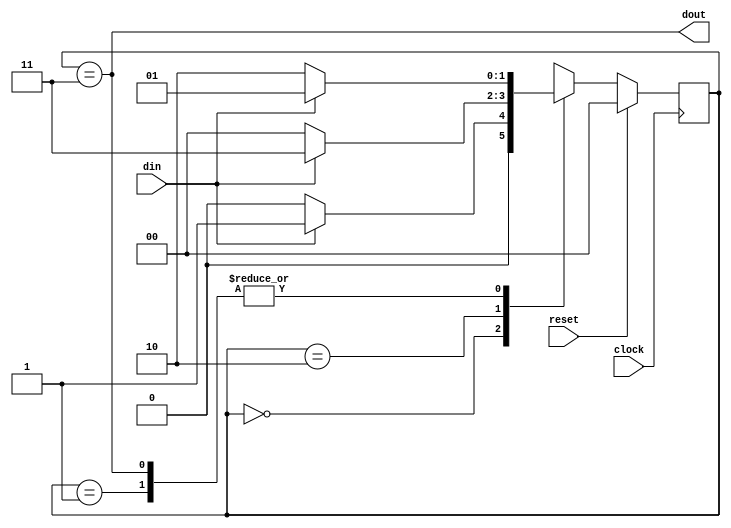

module seq_det(din,
               clock,
               reset,
               dout);
// Step 1. Declare the sates as parameter "IDLE","STATE1","STATE2","STATE3",
//         and use binary encoding for encoding these states.

  parameter IDLE = 2'b00,
	    STATE1 = 2'b01,
	    STATE2 = 2'b10,
	    STATE3 = 2'b11; 

// Step 2. Write down the port direction with proper directions.
  input din,clock,reset;
  output dout;

        
  reg [1:0] present_state,
            next_state;

// Step 3. Write down the sequential logic for present state
  always@(posedge clock)
  begin
    if(reset)
      present_state <= IDLE;
    else
     present_state <= next_state;
  end



// Step 4. Understand the combinational logic for next state
  always@(present_state,din)
  begin
    case (present_state)
      IDLE   : if (din==1) 
                 next_state=STATE1;
               else
                 next_state=IDLE;
      STATE1 : if (din==0)
                  next_state=STATE2;
               else
                  next_state=STATE1;
      STATE2 : if (din==1)
                   next_state=STATE3;
               else 
                   next_state=IDLE;
      STATE3 : if (din==1)
                   next_state=STATE1;
               else 
                   next_state=STATE2;
      default : next_state=IDLE;
    endcase
  end
  
// Step 5. Write down the logic for output "dout".

  assign dout = (present_state == STATE3);

endmodule